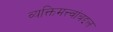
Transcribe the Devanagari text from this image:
व्यक्तिमत्त्वांबद्दल